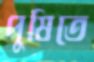
পুষিতে